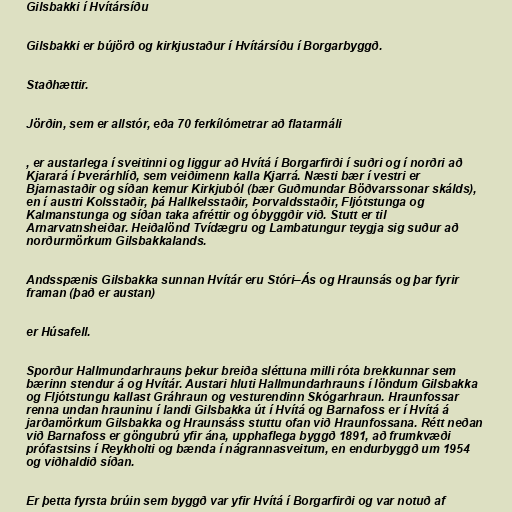
Gilsbakki í Hvítársíðu

Gilsbakki er bújörð og kirkjustaður í Hvítársíðu í Borgarbyggð.

Staðhættir.

Jörðin, sem er allstór, eða 70 ferkílómetrar að flatarmáli

, er austarlega í sveitinni og liggur að Hvítá í Borgarfirði í suðri og í norðri að
Kjarará í Þverárhlíð, sem veiðimenn kalla Kjarrá. Næsti bær í vestri er
Bjarnastaðir og síðan kemur Kirkjuból (bær Guðmundar Böðvarssonar skálds),
en í austri Kolsstaðir, þá Hallkelsstaðir, Þorvaldsstaðir, Fljótstunga og
Kalmanstunga og síðan taka afréttir og óbyggðir við. Stutt er til
Arnarvatnsheiðar. Heiðalönd Tvídægru og Lambatungur teygja sig suður að
norðurmörkum Gilsbakkalands.

Andsspænis Gilsbakka sunnan Hvítár eru Stóri–Ás og Hraunsás og þar fyrir
framan (það er austan)

er Húsafell.

Sporður Hallmundarhrauns þekur breiða sléttuna milli róta brekkunnar sem
bærinn stendur á og Hvítár. Austari hluti Hallmundarhrauns í löndum Gilsbakka
og Fljótstungu kallast Gráhraun og vesturendinn Skógarhraun. Hraunfossar
renna undan hrauninu í landi Gilsbakka út í Hvítá og Barnafoss er í Hvítá á
jarðamörkum Gilsbakka og Hraunsáss stuttu ofan við Hraunfossana. Rétt neðan
við Barnafoss er göngubrú yfir ána, upphaflega byggð 1891, að frumkvæði
prófastsins í Reykholti og bænda í nágrannasveitum, en endurbyggð um 1954
og viðhaldið síðan.

Er þetta fyrsta brúin sem byggð var yfir Hvítá í Borgarfirði og var notuð af